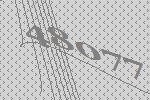
48077